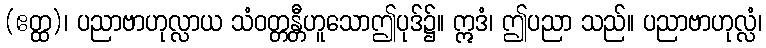
(ဧတ္ထ)၊ ပညာဗာဟုလ္လာယ သံဝတ္တန္တီဟူသောဤပုဒ်၌။ ဣဒံ၊ ဤပညာ သည်။ ပညာဗာဟုလ္လံ၊